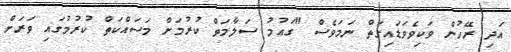
އަދި ރޭހުން ވަކިވެވަޑައިގަތް ނަމަވެސް "ގައުމު ސަލާމަތް ކުރުމަށް މަސައްކަތް ކުރުމުގައި ވަރަށް